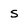
Character: S